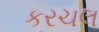
કરચલ